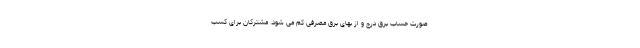
صورت حساب برق درج و از بهای برق مصرفی کم می­ شود. مشترکان برای کسب